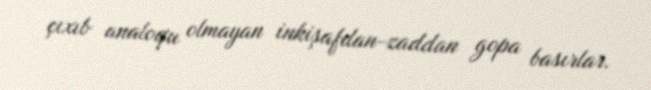
çıxıb analoqu olmayan inkişafdan-zaddan gopa basırlar.